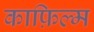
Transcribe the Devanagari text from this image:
काफ़िल्म